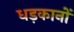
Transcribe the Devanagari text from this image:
धड़कानों